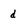
Character: d